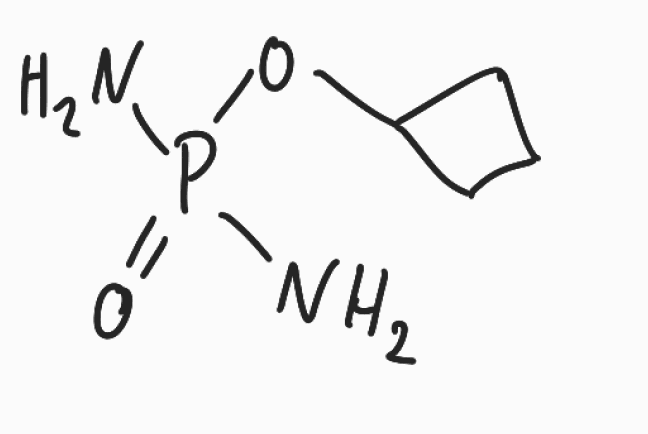
Simplified molecular-input line-entry system (SMILES) notation of the given molecule:
C1CC(C1)OP(=O)(N)N